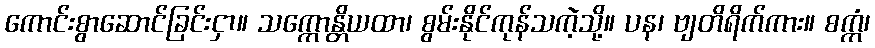
ကောင်းစွာဆောင်ခြင်းငှာ။ သက္ကောန္တိယထာ၊ စွမ်းနိုင်ကုန်သကဲ့သို့။ ပန၊ ဗျတိရိက်ကား။ စက္ကံ၊